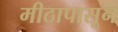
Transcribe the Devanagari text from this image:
मीठापासून